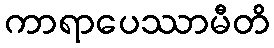
ကာရာပေဿာမီတိ